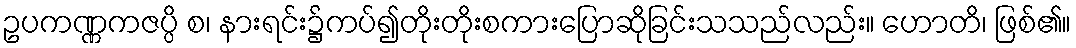
ဥပကဏ္ဏကဇပ္ပိ စ၊ နားရင်း၌ကပ်၍တိုးတိုးစကားပြောဆိုခြင်းသသည်လည်း။ ဟောတိ၊ ဖြစ်၏။